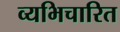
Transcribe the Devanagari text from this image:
व्यभिचारित